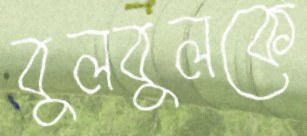
বুলবুলকে